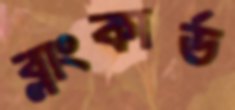
ব্লাংকার্ড